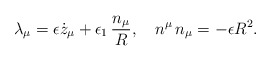
\begin{align*}\lambda_{\mu}=\epsilon \dot{z}_{\mu}+\epsilon_{1}\,{n_{\mu} \over R},~~~ n^{\mu}\, n_{\mu}=-\epsilon R^2.\end{align*}